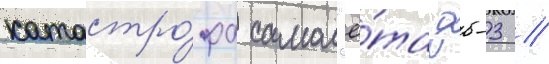
катастро́фа самол'ё́та дб-3 /